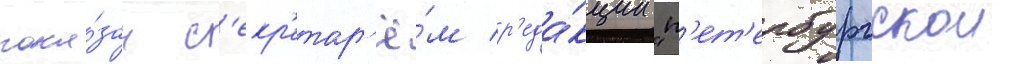
пока́зан с'екр'етар'ё́м р'еда́кции "п'ет'ербургскои